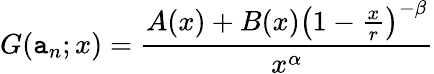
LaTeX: G(\mathtt{a}_{n};x)={\frac{{A(x)+B(x)\left(1-{\frac{{x}}{{r}}}\right)^{-\beta}}}{{x^{\alpha}}}}